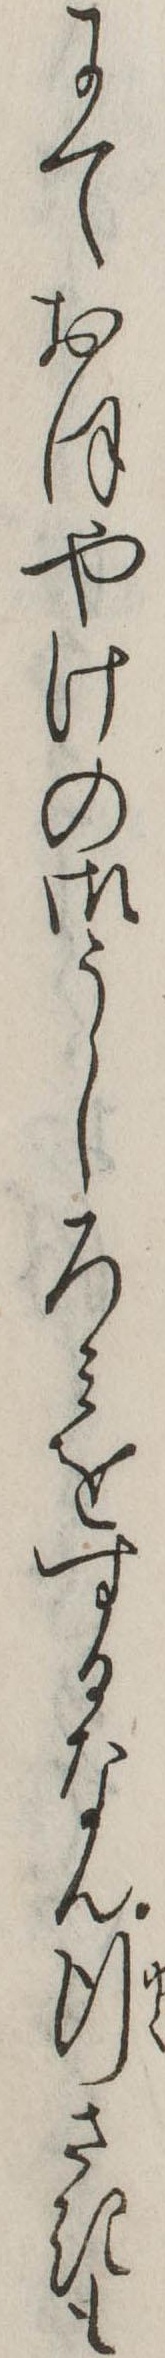
にておほやけの御うしろみをするなん行さきも